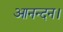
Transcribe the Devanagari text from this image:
आनन्दन।